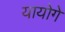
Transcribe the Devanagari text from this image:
यायोगे